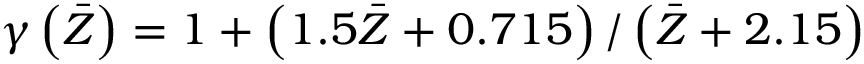
\gamma \left( { \bar { Z } } \right) = 1 + \left( { 1 . 5 \bar { Z } + 0 . 7 1 5 } \right) / \left( { \bar { Z } + 2 . 1 5 } \right)